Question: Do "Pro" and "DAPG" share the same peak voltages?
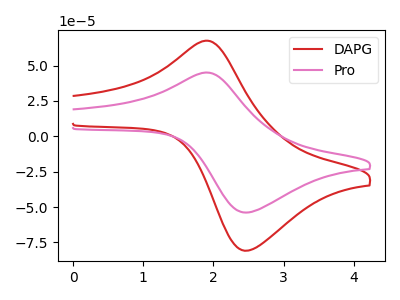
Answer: <think>The red curve "DAPG" has an anodic peak at (1.90V, 67.45uA) and a cathodic peak at (2.50V, -80.80uA). The pink curve "Pro" has an anodic peak at (1.90V, 45.00uA) and a cathodic peak at (2.50V, -53.90uA).</think>
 <answer>Yes, "Pro" have a peak in "DAPG" at the same potential.</answer>
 <eval>match</eval>